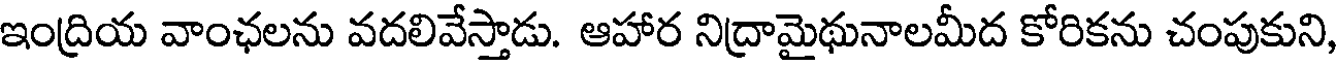
ఇంద్రియ వాంఛలను వదలివేస్తాడు. ఆహార నిద్రామైథునాలమీద కోరికను చంపుకుని,